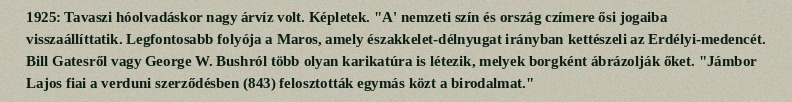
1925: Tavaszi hóolvadáskor nagy árvíz volt. Képletek. "A' nemzeti szín és ország czímere ősi jogaiba visszaállíttatik. Legfontosabb folyója a Maros, amely északkelet-délnyugat irányban kettészeli az Erdélyi-medencét. Bill Gatesről vagy George W. Bushról több olyan karikatúra is létezik, melyek borgként ábrázolják őket. "Jámbor Lajos fiai a verduni szerződésben (843) felosztották egymás közt a birodalmat."